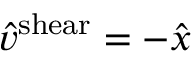
\hat { v } ^ { \mathrm { s h e a r } } = - \hat { x }